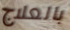
بالعلاج